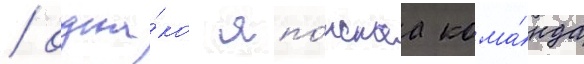
/ одна́ко япо́нскаа кома́нда